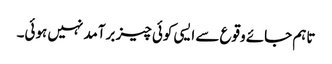
تاہم جائے وقوع سے ایسی کوئی چیز برآمد نہیں ہوئی۔